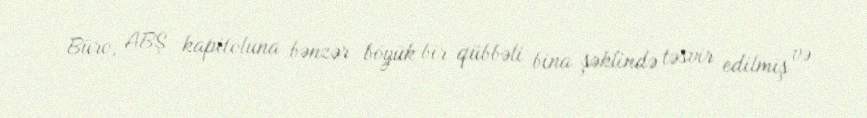
Büro, ABŞ kapitoluna bənzər böyük bir qübbəli bina şəklində təsvir edilmiş və